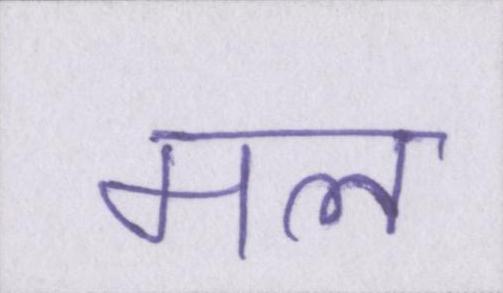
मल